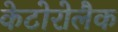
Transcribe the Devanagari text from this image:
केटोरोलैक